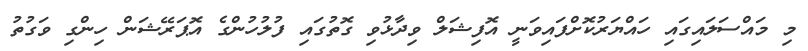
މި މައްސަލައިގައި ހައްޔަރުކޮށްފައިވަނީ އޮފިޝަލް ވިދާޅުވި ގޮތުގައި ފުލުހުންގެ އޮޕަރޭޝަން ހިންގި ވަގުތު